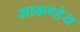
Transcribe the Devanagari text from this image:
माकण्डेय